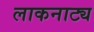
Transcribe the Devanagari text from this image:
लाकनाट्य